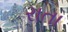
રાતા